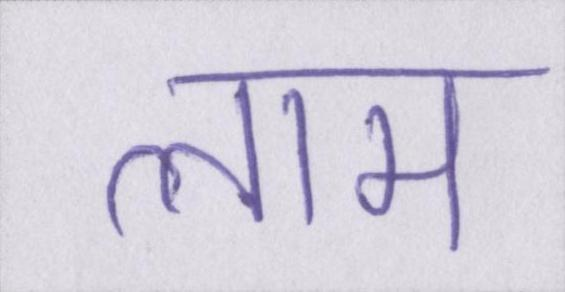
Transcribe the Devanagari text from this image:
लाम